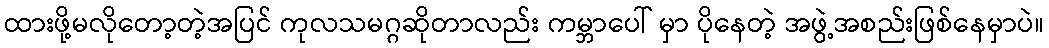
ထားဖို့မလိုတော့တဲ့အပြင် ကုလသမဂ္ဂဆိုတာလည်း ကမ္ဘာပေါ် မှာ ပိုနေတဲ့ အဖွဲ့အစည်းဖြစ်နေမှာပဲ။